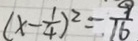
( x - \frac { 1 } { 4 } ) ^ { 2 } = \frac { 9 } { 1 6 }